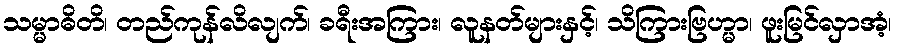
သမ္မာဓိတိ၊ တည်ကုန်လိလျက်၊ ခရီးအကြား၊ လူနတ်များနှင့်၊ သိကြားဗြဟ္မာ၊ ဖူးမြင်လှာအံ့၊